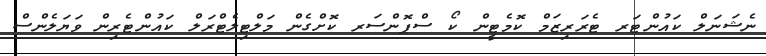
ނެޝަނަލް ކައުންޓަރ ޓެރަރިޒަމް ކޮމެޓީން ކޯ ސްޕޮންސަރ ކޮށްގެން މަލްޓިލެޓްރަލް ކައުންޓެރިން ވަޔަލެންސް